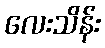
လေးသိန်း